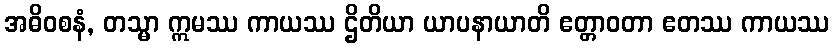
အဓိဝစနံ, တသ္မာ ဣမဿ ကာယဿ ဌိတိယာ ယာပနာယာတိ ဧတ္တာဝတာ ဧတဿ ကာယဿ